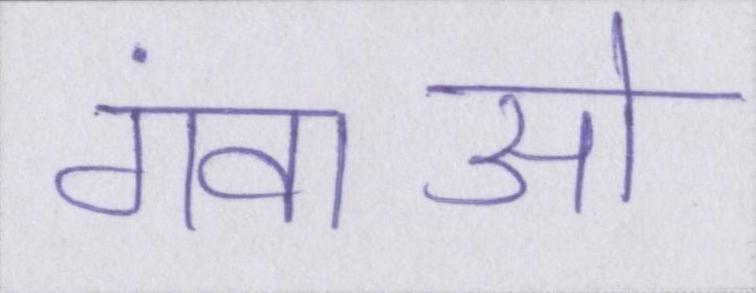
गंवाओ